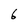
Character: 6